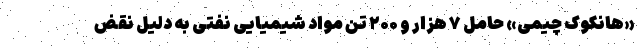
«هانکوک چیمی» حامل ۷ هزار و ۲۰۰ تن مواد شیمیایی نفتی به دلیل نقض